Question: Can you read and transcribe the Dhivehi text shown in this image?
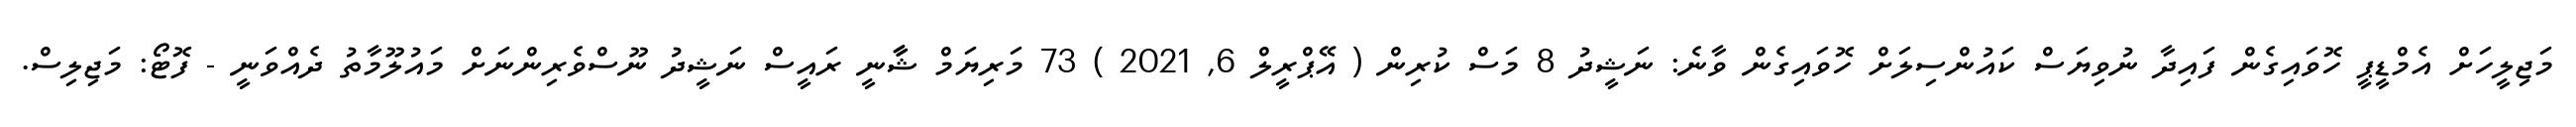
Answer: މަޖިލީހަށް އެމްޑީޕީ ހޮވައިގެން ފައިދާ ނުވިޔަސް ކައުންސިލަށް ހޮވައިގެން ވާނެ: ނަޝީދު 8 މަސް ކުރިން ( އޭޕްރީލް 6, 2021 ) 73 މަރިޔަމް ޝާާނީ ރައީސް ނަޝީދު ނޫސްވެރިންނަށް މައުލޫމާތު ދެއްވަނީ - ފޮޓޯ: މަޖިލިސް.